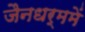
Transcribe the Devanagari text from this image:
जैनधर्ममें